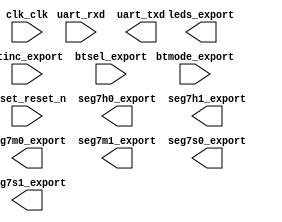

module system (
	btinc_export,
	btmode_export,
	btsel_export,
	clk_clk,
	leds_export,
	reset_reset_n,
	seg7h0_export,
	seg7h1_export,
	seg7m0_export,
	seg7m1_export,
	seg7s0_export,
	seg7s1_export,
	uart_rxd,
	uart_txd);	

	input		btinc_export;
	input		btmode_export;
	input		btsel_export;
	input		clk_clk;
	output	[7:0]	leds_export;
	input		reset_reset_n;
	output	[6:0]	seg7h0_export;
	output	[6:0]	seg7h1_export;
	output	[6:0]	seg7m0_export;
	output	[6:0]	seg7m1_export;
	output	[6:0]	seg7s0_export;
	output	[6:0]	seg7s1_export;
	input		uart_rxd;
	output		uart_txd;
endmodule